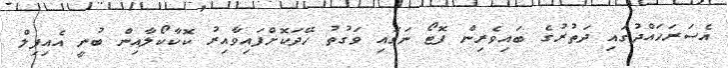
އެސަރަހައްދުގައި ދަތުރުގެ ބައިވެރިން ފޮޓޯ ނަގައި ވަގުތު ހޭދަކޮށްފައިވާއިރު ކޮކާކޯލާއިން ބުނީ އެއިފިލް